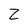
Character: Z